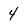
Character: 4